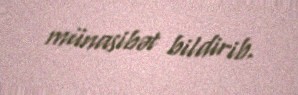
münasibət bildirib.